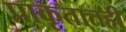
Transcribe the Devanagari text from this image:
प्राकृतातही